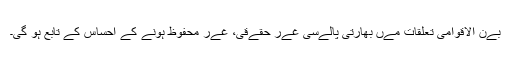
بےن الاقوامی تعلقات مےں بھارتی پالےسی غےر حقےقی، غےر محفوظ ہونے کے احساس کے تابع ہو گی۔